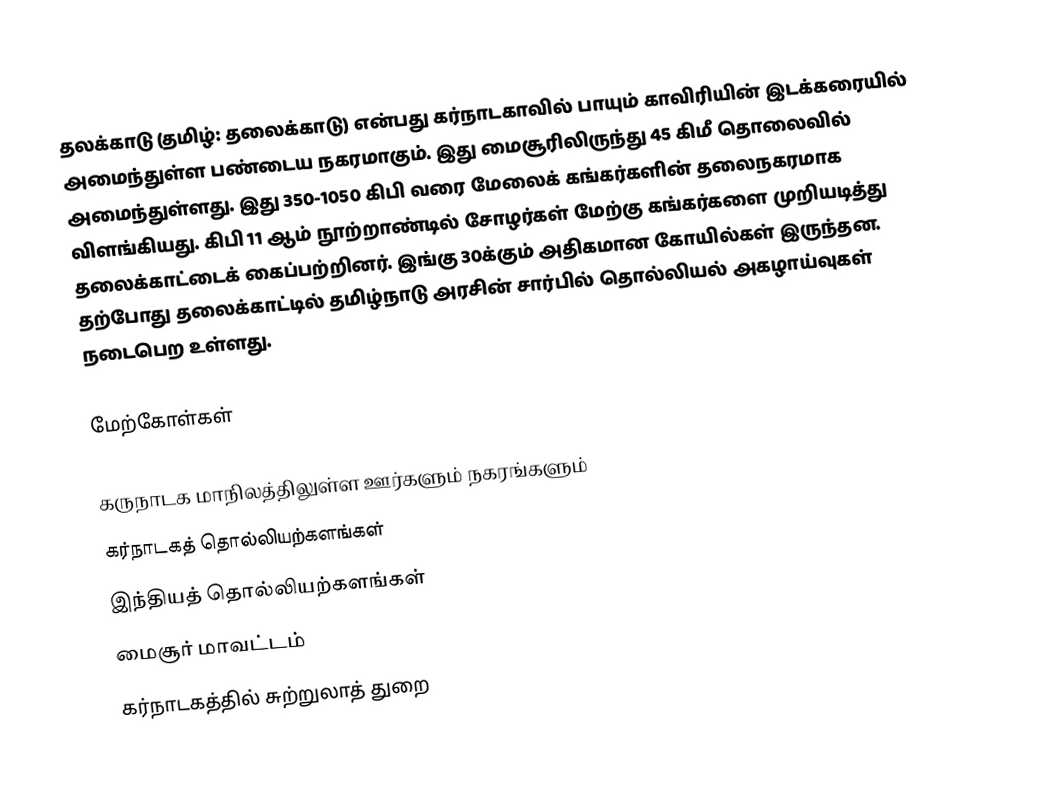
தலக்காடு (தமிழ்: தலைக்காடு) என்பது கர்நாடகாவில் பாயும் காவிரியின் இடக்கரையில் அமைந்துள்ள பண்டைய நகரமாகும். இது மைசூரிலிருந்து 45 கிமீ தொலைவில் அமைந்துள்ளது.  இது 350-1050 கிபி வரை மேலைக் கங்கர்களின் தலைநகரமாக விளங்கியது. கிபி 11 ஆம் நூற்றாண்டில் சோழர்கள் மேற்கு கங்கர்களை முறியடித்து தலைக்காட்டைக் கைப்பற்றினர். இங்கு 30க்கும் அதிகமான கோயில்கள் இருந்தன. தற்போது தலைக்காட்டில் தமிழ்நாடு அரசின் சார்பில் தொல்லியல் அகழாய்வுகள் நடைபெற உள்ளது.

மேற்கோள்கள்

கருநாடக மாநிலத்திலுள்ள ஊர்களும் நகரங்களும்
கர்நாடகத் தொல்லியற்களங்கள்
இந்தியத் தொல்லியற்களங்கள்
மைசூர் மாவட்டம்
கர்நாடகத்தில் சுற்றுலாத் துறை